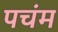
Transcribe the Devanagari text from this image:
पचंम